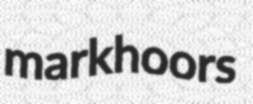
markhoors